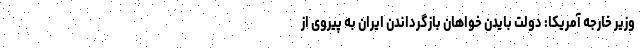
وزیر خارجه آمریکا: دولت بایدن خواهان بازگرداندن ایران به پیروی از